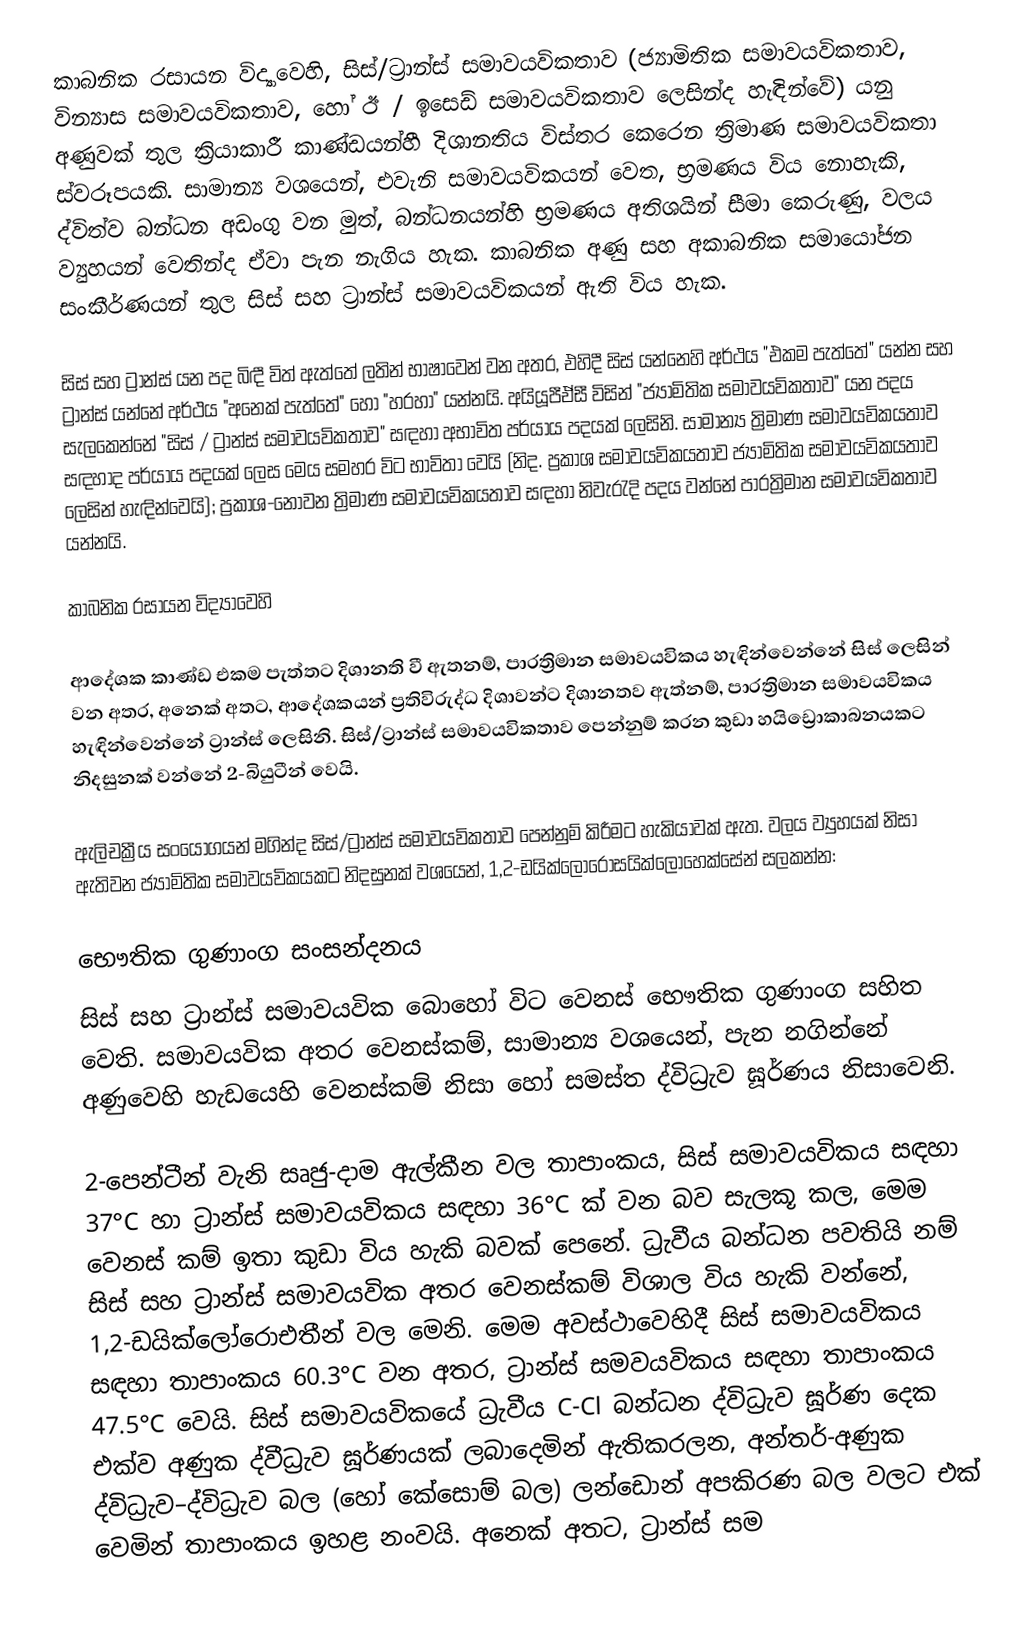
කාබනික රසායන විද්‍යාවෙහි, සිස්/ට්‍රාන්ස් සමාවයවිකතාව (ජ්‍යාමිතික සමාවයවිකතාව, වින්‍යාස සමාවයවිකතාව, හෝ  ඊ / ඉසෙඩ් සමාවයවිකතාව ලෙසින්ද හැඳින්වේ) යනු  අණුවක් තුල ක්‍රියාකාරී කාණ්ඩයන්හී  දිශානතිය විස්තර කෙරෙන ත්‍රිමාණ සමාවයවිකතා ස්වරූපයකි. සාමාන්‍ය වශයෙන්, එවැනි සමාවයවිකයන් වෙත, භ්‍රමණය විය නොහැකි, ද්විත්ව බන්ධන අඩංගු වන මුත්, බන්ධනයන්හි භ්‍රමණය අතිශයින් සීමා කෙරුණු,  වලය ව්‍යුහයන් වෙතින්ද ඒවා පැන නැගිය හැක. කාබනික අණු සහ අකාබනික සමායෝජන සංකීර්ණයන් තුල සිස් සහ  ට්‍රාන්ස් සමාවයවිකයන් ඇති විය හැක.

සිස් සහ  ට්‍රාන්ස් යන පද බිඳී විත් ඇත්තේ ලතින් භාෂාවෙන් වන අතර, එහිදී  සිස් යන්නෙහි අර්ථය  "එකම පැත්තේ" යන්න සහ ට්‍රාන්ස් යන්නේ අර්ථය  "අනෙක් පැත්තේ" හෝ  "හරහා" යන්නයි. අයියූපීඒසී විසින් "ජ්‍යාමිතික සමාවයවිකතාව" යන පදය සැලකෙන්නේ "සිස් / ට්‍රාන්ස් සමාවයවිකතාව"  සඳහා අභාවිත පර්යාය පදයක් ලෙසිනි.  සාමාන්‍ය ත්‍රිමාණ සමාවයවිකයතාව සඳහාද පර්යාය පදයක් ලෙස මෙය සමහර විට භාවිතා වෙයි (නිද. ප්‍රකාශ සමාවයවිකයතාව ජ්‍යාමිතික  සමාවයවිකයතාව ලෙසින් හැඳින්වෙයි); ප්‍රකාශ-නොවන  ත්‍රිමාණ  සමාවයවිකයතාව  සඳහා නිවැරැදි පදය වන්නේ  පාරත්‍රිමාන සමාවයවිකතාව යන්නයි.

කාබනික රසායන විද්‍යාවෙහි

ආදේශක කාණ්ඩ එකම පැත්තට දිශානති වී ඇතනම්, පාරත්‍රිමාන සමාවයවිකය හැඳින්වෙන්නේ සිස් ලෙසින් වන අතර,  අනෙක් අතට, ආදේශකයන් ප්‍රතිවිරුද්ධ දිශාවන්ට දිශානතව ඇත්නම්, පාරත්‍රිමාන සමාවයවිකය හැඳින්වෙන්නේ ට්‍රාන්ස් ලෙසිනි.  සිස්/ට්‍රාන්ස් සමාවයවිකතාව පෙන්නුම් කරන කුඩා හයිඩ්‍රොකාබනයකට නිදසුනක් වන්නේ  2-බියුටීන් වෙයි.

ඇලිචක්‍රීය සංයෝගයන් මගින්ද සිස්/ට්‍රාන්ස් සමාවයවිකතාව පෙන්නුම් කිරීමට හැකියාවක් ඇත. වලය ව්‍යුහයක් නිසා ඇතිවන ජ්‍යාමිතික සමාවයවිකයකට නිදසුනක් වශයෙන්,  1,2-ඩයික්ලෝරොසයික්ලොහෙක්සේන්  සලකන්න:

භෞතික ගුණාංග සංසන්දනය
සිස් සහ  ට්‍රාන්ස් සමාවයවික බොහෝ විට වෙනස් භෞතික ගුණාංග සහිත වෙති. සමාවයවික අතර වෙනස්කම්, සාමාන්‍ය වශයෙන්, පැන නගින්නේ අණුවෙහි හැඩයෙහි වෙනස්කම් නිසා හෝ සමස්ත   ද්විධ්‍රැව ඝූර්ණය නිසාවෙනි.

2-පෙන්ටීන් වැනි සෘජු-දාම ඇල්කීන වල තාපාංකය, සිස් සමාවයවිකය සඳහා 37°C  හා ට්‍රාන්ස් සමාවයවිකය සඳහා 36°C ක් වන බව  සැලකූ කල, මෙම වෙනස් කම් ඉතා කුඩා විය හැකි බවක් පෙනේ.  ධ්‍රැවීය බන්ධන පවතියි නම් සිස් සහ  ට්‍රාන්ස් සමාවයවික අතර වෙනස්කම් විශාල විය හැකි වන්නේ, 1,2-ඩයික්ලෝරොඑතීන් වල මෙනි. මෙම අවස්ථාවෙහිදී  සිස් සමාවයවිකය සඳහා තාපාංකය 60.3°C වන අතර, ට්‍රාන්ස් සමවයවිකය සඳහා තාපාංකය 47.5°C වෙයි.  සිස් සමාවයවිකයේ ධ්‍රැවීය C-Cl  බන්ධන ද්විධ්‍රැව ඝූර්ණ දෙක එක්ව අණුක ද්වීධ්‍රැව ඝූර්ණයක් ලබාදෙමින් ඇතිකරලන, අන්තර්-අණුක ද්විධ්‍රැව–ද්විධ්‍රැව බල (හෝ කේසොම් බල) ලන්ඩොන් අපකිරණ බල වලට එක් වෙමින් තාපාංකය ඉහළ නංවයි. අනෙක් අතට,  ට්‍රාන්ස් සම